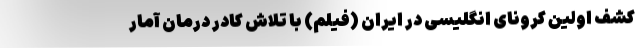
کشف اولین کرونای انگلیسی در ایران (فیلم) با تلاش کادر درمان آمار